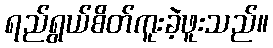
ရည်ရွယ်စိတ်ကူးခဲ့ဖူးသည်။